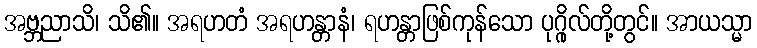
အဗ္ဘညာသိ၊ သိ၏။ အရဟတံ အရဟန္တာနံ၊ ရဟန္တာဖြစ်ကုန်သော ပုဂ္ဂိုလ်တို့တွင်။ အာယသ္မာ